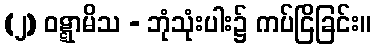
(၂) ဝဋ္ဋာမိသ - ဘုံသုံးပါး၌ ကပ်ငြိခြင်း။